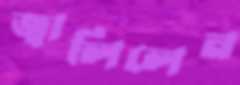
জ্বালিলেন